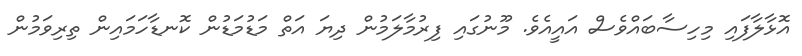
އޮޅާލާފައި މިހިސާބައްވެސް އައީއެވެ. މޫނުގައި ފިރުމާލަމުން ދިޔަ އަތް މަޑުމަޑުން ކޮނޑާހަމައިން ތިރިވަމުން